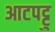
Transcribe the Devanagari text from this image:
आटपट्टु